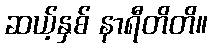
ဆယ့်နှစ် နာရီတိတိ။